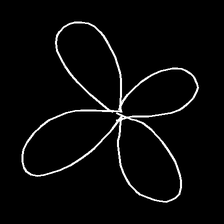
Glyph: billowing